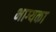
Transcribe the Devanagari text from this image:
भाग्यका